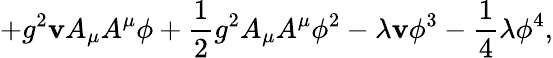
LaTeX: +g^{2}\mathbf{v}A_{\mu}A^{\mu}\phi+\frac{{1}}{{2}}g^{2}A_{\mu}A^{\mu}\phi^{2}-\lambda\mathbf{v}\phi^{3}-\frac{{1}}{{4}}\lambda\phi^{4},